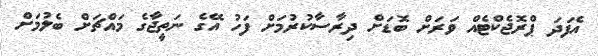
އެފަދަ ޕްރޮޖެކްޓެއް ވަރަށް ބޮޑަށް ދިރާސާކުރުމަށް ފަހު އޭގެ ނަތީޖާގެ މައްޗަށް ބެލުމަށް